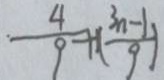
\frac { 4 } { 9 } + ( \frac { 3 n - 1 } { 9 } )